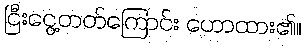
ငြီးငွေ့တတ်ကြောင်း ဟောထား၏။